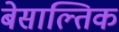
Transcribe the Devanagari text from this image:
बेसाल्तिक